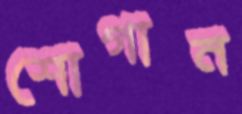
শোগান